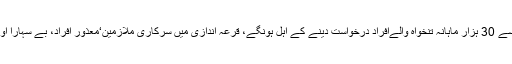
اس سکیم میں گھرکے خواہشمند کابے گھراور کم آمدنی والا ہونا شرط ہے، 25 سے 30 ہزار ماہانہ تنخواہ والےافراد درخواست دینے کے اہل ہونگے، قرعہ اندازی میں سرکاری ملازمین‘معذور افراد، بے سہارا اور عام شہری شامل ہونگے جو 67 ہزار روپے ماہانہ قسط دینےکے پابند ہونگے۔